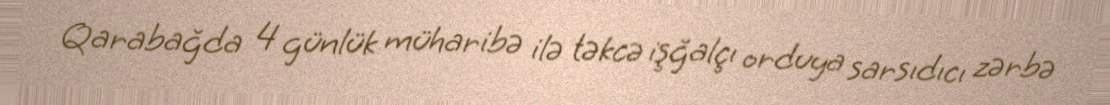
Qarabağda 4 günlük müharibə ilə təkcə işğalçı orduya sarsıdıcı zərbə